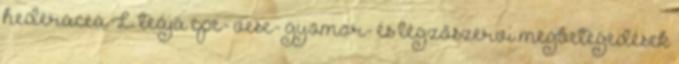
hederacea L. teája epe- vese- gyomor- és légzőszervi megbetegedések